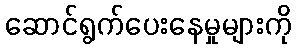
ဆောင်ရွက်ပေးနေမှုများကို